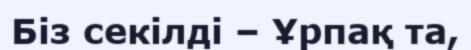
Біз секілді – Ұрпақ та,